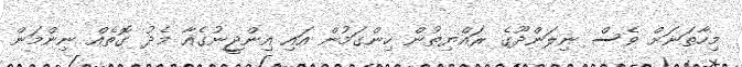
މިހާތަނަށް ވެސް ނިލަންދޫގެ ރައްޔިތުން ހިންގަމުން އައި އިންޖީނުގެއާ މެދު ގޮތެއް ނިންމަން